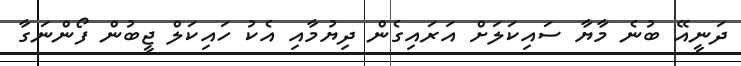
ދަނީއޭ ބުނެ މާޔާ ސައިކަލަށް އަރައިގެން ދިޔުމާއި އެކު ހައިކަލް ޖީބުން ފޯންނަގާ